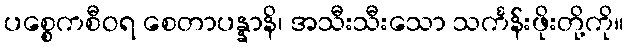
ပစ္စေကစီဝရ စေတာပန္နာနိ၊ အသီးသီးသော သင်္ကန်းဖိုးတို့ကို။